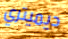
ديميتري